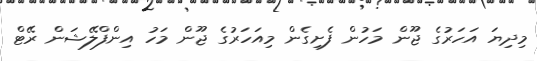
މިދިޔަ އަހަރުގެ ޖޫން މަހުން ފެށިގެން މިއަހަރުގެ ޖޫން މަހު އިންފްލޭޝަން ރޭޓް